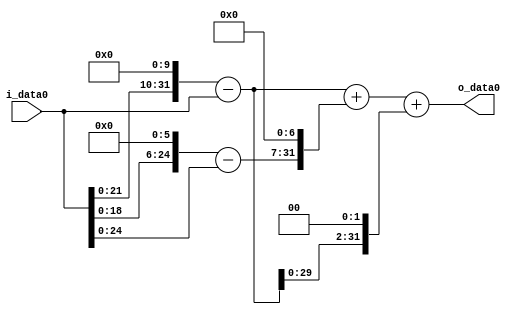
module multiplier_block_108 (
    i_data0,
    o_data0
);
  input   [31:0] i_data0;
  output  [31:0]
    o_data0;
  wire [31:0]
    w1,
    w1024,
    w1023,
    w64,
    w63,
    w8064,
    w9087,
    w4092,
    w13179;
  assign w1 = i_data0;
  assign w1023 = w1024 - w1;
  assign w1024 = w1 << 10;
  assign w13179 = w9087 + w4092;
  assign w4092 = w1023 << 2;
  assign w63 = w64 - w1;
  assign w64 = w1 << 6;
  assign w8064 = w63 << 7;
  assign w9087 = w1023 + w8064;
  assign o_data0 = w13179;
endmodule